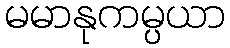
မမာနုကမ္ပယာ